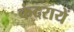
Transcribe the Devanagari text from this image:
कंदरायें